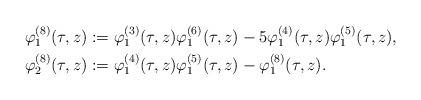
LaTeX: \begin{align*}\varphi^{(8)}_1(\tau,z)&:=\varphi_1^{(3)}(\tau,z)\varphi_1^{(6)}(\tau,z)-5\varphi_1^{(4)}(\tau,z)\varphi_1^{(5)}(\tau,z),\\\varphi^{(8)}_2(\tau,z)&:=\varphi_1^{(4)}(\tau,z)\varphi_1^{(5)}(\tau,z)-\varphi_1^{(8)}(\tau,z).\end{align*}